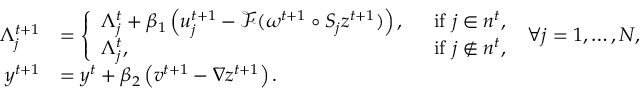
\begin{array} { r l } { \Lambda _ { j } ^ { t + 1 } } & { = \left\{ \begin{array} { l l } { \Lambda _ { j } ^ { t } + \beta _ { 1 } \left( u _ { j } ^ { t + 1 } - \mathcal { F } ( \omega ^ { t + 1 } \circ S _ { j } z ^ { t + 1 } ) \right) , \; } & { \mathrm { ~ i f ~ } j \in n ^ { t } , } \\ { \Lambda _ { j } ^ { t } , \; } & { \mathrm { ~ i f ~ } j \not \in n ^ { t } , } \end{array} \right. \; \forall j = 1 , \ldots , N , } \\ { y ^ { t + 1 } } & { = y ^ { t } + \beta _ { 2 } \left( v ^ { t + 1 } - \nabla z ^ { t + 1 } \right) . } \end{array}